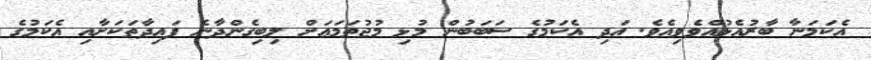
އެކަމަނާ ބާރުއެޅުއްވެވިއެވެ. އަދި އެކަމުގެ ސަބަބުން މުޅި މުޖުތަމަޢަށް ލިބިގެންދާނެ ފައިދާތަކަށާއި އެކަމުގެ